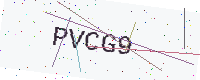
Text: PVCG9